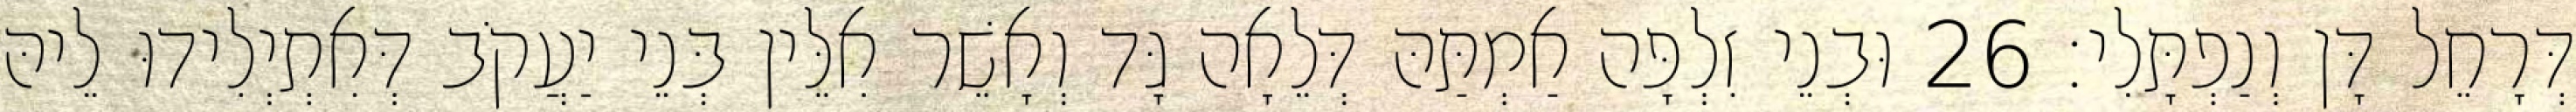
דְּרָחֵל דָּן וְנַפְתָּלִי׃ 26 וּבְנֵי זִלְפָּה אַמְתַּהּ דְּלֵאָה גָּד וְאָשֵׁר אִלֵּין בְּנֵי יַעֲקֹב דְּאִתְיְלִידוּ לֵיהּ